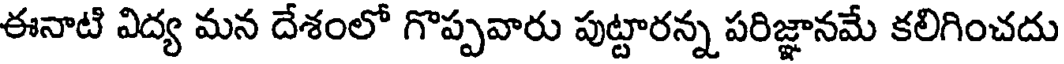
ఈనాటి విద్య మన దేశంలో గొప్పవారు పుట్టారన్న పరిజ్ఞానమే కలిగించదు